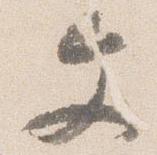
文